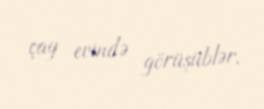
çay evində görüşüblər.